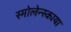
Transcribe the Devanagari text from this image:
स्मोलेन्स्काया